Document type: Sale
Year: 1423
Scribe: Joan Franc
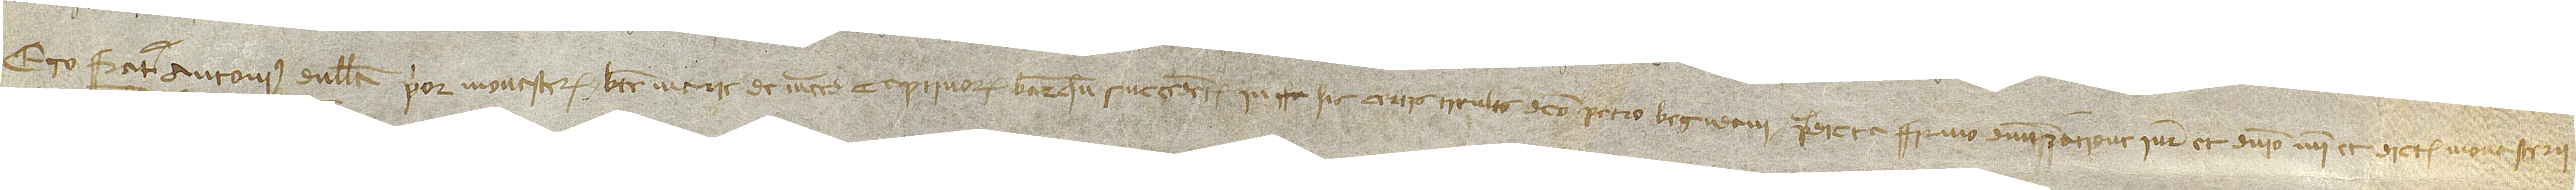
Ego frater Antonius Dullan, prior monasterii Beate Marie de Mercede Captivorum Barchinone, succedens in  his certis titulis dicto Petro Begudani predicti, firmo dominationis iure et dominio mei et dicti monasterii